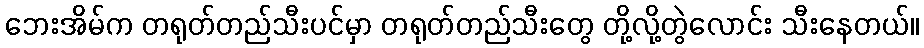
ဘေးအိမ်က တရုတ်တည်သီးပင်မှာ တရုတ်တည်သီးတွေ တို့လို့တွဲလောင်း သီးနေတယ်။